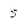
Character: 5